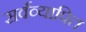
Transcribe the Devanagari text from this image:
सर्वव्यापित